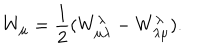
W _ { \mu } = \frac { 1 } { 2 } ( W _ { \mu \lambda } ^ { \lambda } - W _ { \lambda \mu } ^ { \lambda } ) .